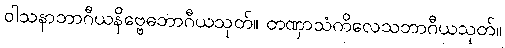
ဝါသနာဘာဂီယနိဗ္ဗေဓဘာဂီယသုတ်။ တဏှာသံကိလေသဘာဂီယသုတ်။